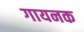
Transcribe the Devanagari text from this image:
गायनक